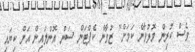
ވެސް ކުރިން މޮޅުވާނެ ކަމަށް" ޒުވާން ކެޕްޓަން ސަން އޮންލައިން އަށް ކިޔައި